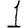
Digit: 1